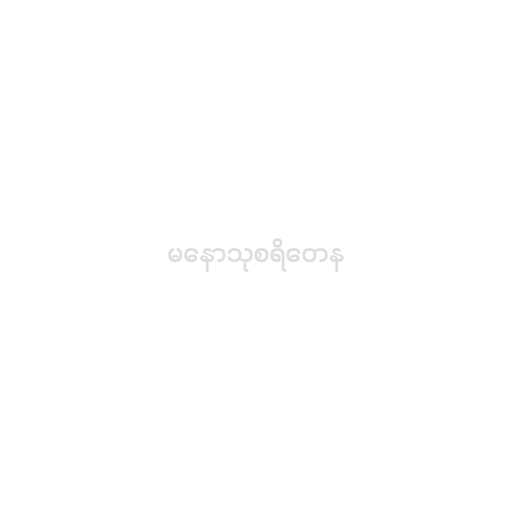
မနောသုစရိတေန